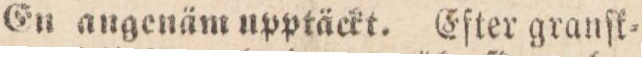
En angenäm upptäckt. Efter granſk=